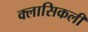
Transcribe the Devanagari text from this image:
क्लासिकली